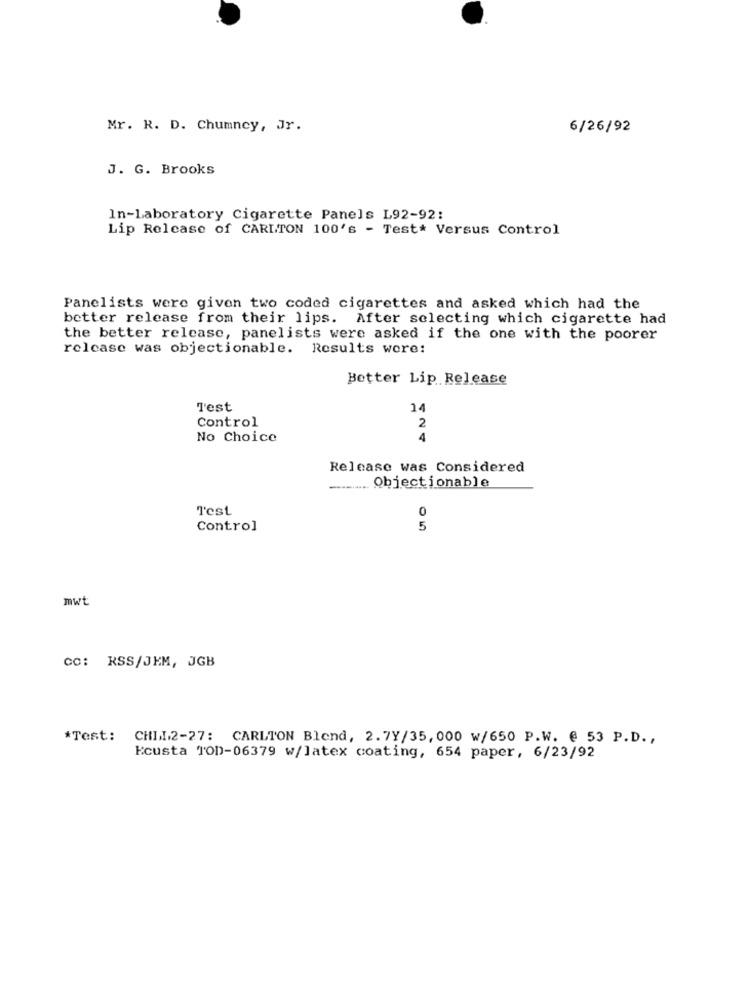
Mr. R. D. Chumney, Jr.
6/26/92
J. G. Brooks
In-Laboratory Cigarette Panels L92-92:
Lip Release of CARLTON 100's - Test* Versus Control
Panelists were given two coded cigarettes and asked which had the
better release from their lips. After selecting which cigarette had
the better release, panelists were asked if the one with the poorer
release was objectionable. Results were:
Better Lip Release
T'est
14
Control
2
No Choice
4
Release was Considered
Objectionable
Test
0
Control
5
mwt
CC: RSS/JEM, JGB
*Test: CHIL2-27: CARLTON Blend, 2.7Y/35, 000 w/650 P.W. @ 53 P.D .,
kcusta TOD-06379 w/latex coating, 654 paper, 6/23/92